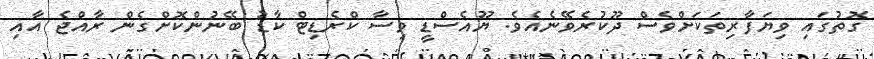
ގޮތުގައި ވިޔަފާރިތަކަށްވެސް ދޫކުރެވޭނެއެވެ. ޔޫއެސްޑީ ވިސާ ކްރެޑިޓް ކާޑު ބޭނުންކޮށްގެން ރާއްޖެ އާއި